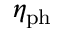
\eta _ { \mathrm { p h } }